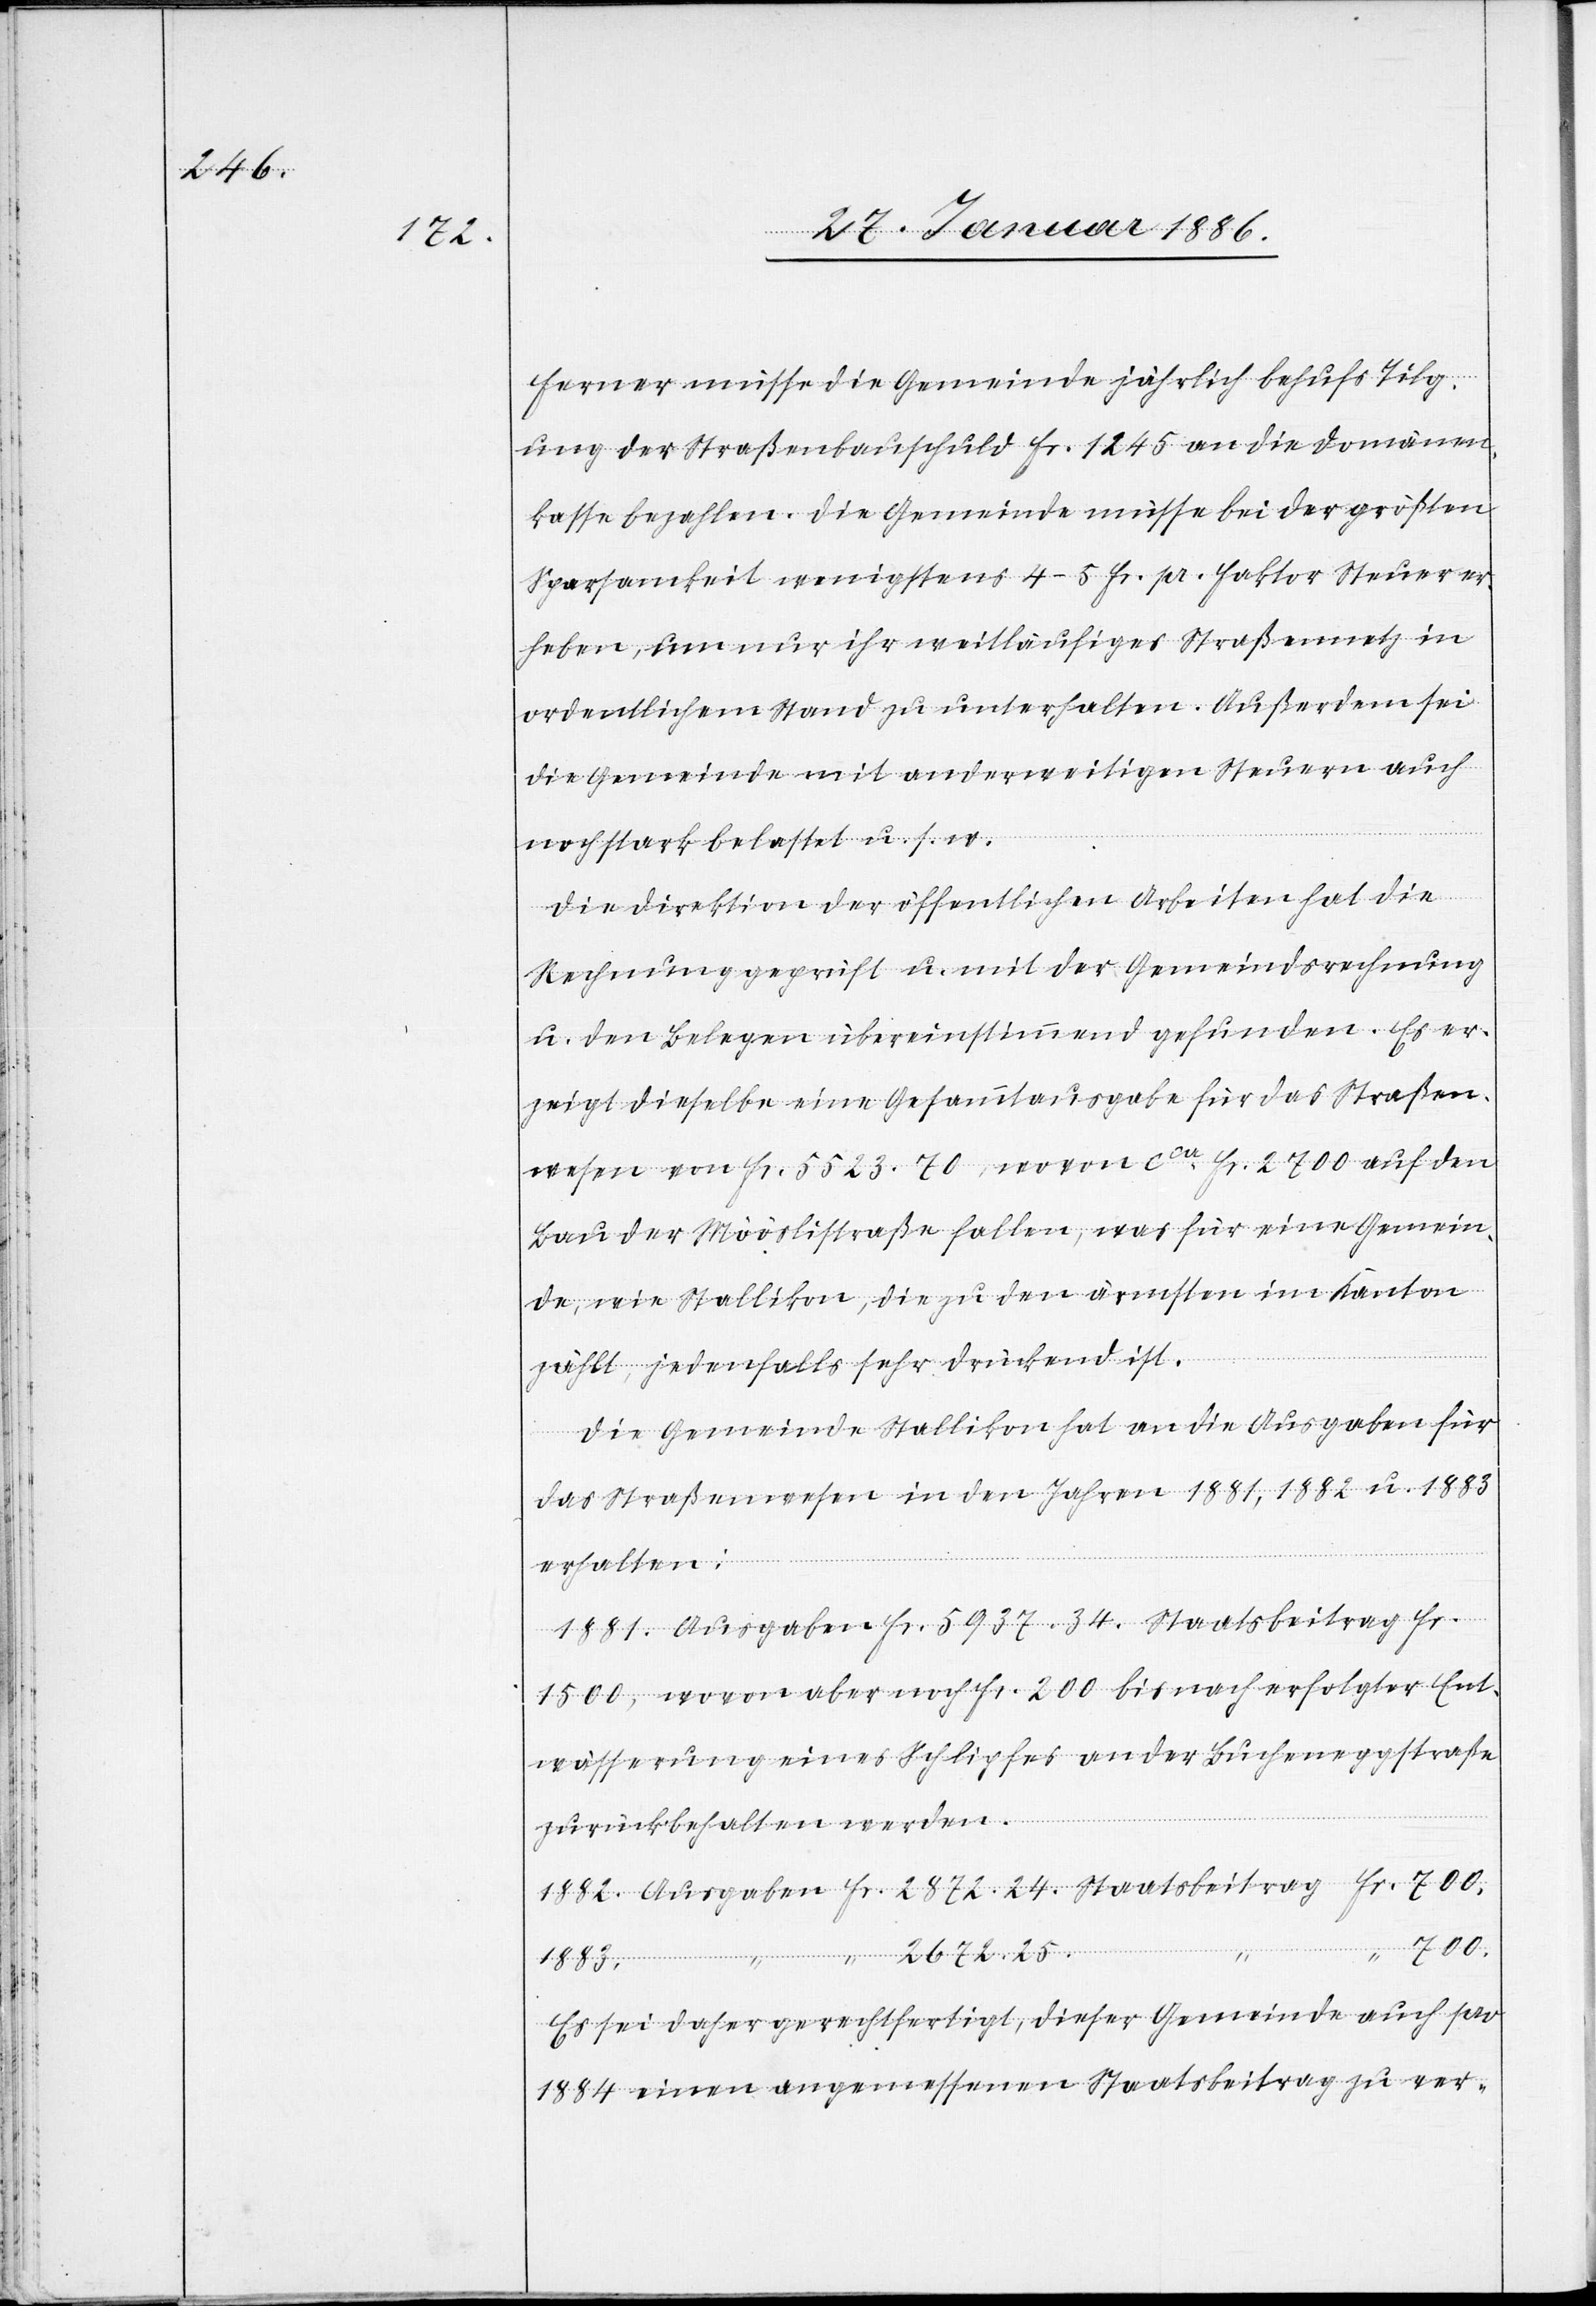
24.

Ferner müsse die Gemeinde jährlich behufs Tilg¬
ung der Straßenbauschuld Fr. 1245 an die Domänen¬
kasse bezahlen. Die Gemeinde müsse bei der größten
Sparsamkeit wenigstens 4–5 Fr. pr. Faktor Steuer er¬
heben, um nur ihr weitläufiges Straßennetz in
ordentlichem Stand zu unterhalten. Außerdem sei
die Gemeinde mit anderweitigen Steuern auch
noch stark belastet u. s. w.
“
Die Direktion der öffentlichen Arbeiten hat die
Rechnung geprüft u. mit der Gemeindsrechnung
u. den Belegen übereinstimmend gefunden. Es er¬
zeigt dieselbe eine Gesammtausgabe für das Straßen¬
wesen von Fr. 5523. 70, wovon cca Fr. 2700 auf den
Bau der Mööslistraße fallen, was für eine Gemein¬
de, wie Stallikon, die zu den ärmsten im Kanton
zählt, jedenfalls sehr drückend ist.
Die Gemeinde Stallikon hat an die Ausgaben für
das Straßenwesen in den Jahren 1881, 1882 u. 1883
erhalten:
1881. Ausgaben Fr. 5937. 34. Staatsbeitrag Fr.
1500, wovon aber noch Fr. 200 bis nach erfolgter Ent¬
wässerung eines Schlipfes an der Buchenggstraße
zurückbehalten werden.
700.
Ausgaben
Fr.
2672. 25.
1883
Es sei daher gerechtfertigt, dieser Gemeinde auch pro
1884 einen angemessenen Staatsbeitrag zu ver-